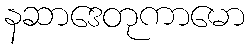
နဆာဒေတုကာမော